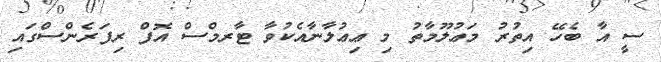
ސީ އާ ބެހޭ އިތުރު މަޢުލޫމާތު މި ޢިޢުލާނާއެކުވާ ޓާރމްސް އޮފް ރިފަރެންސްގައި